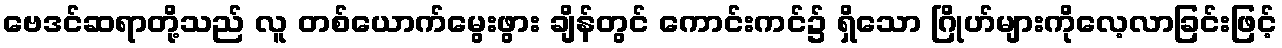
ဗေဒင်ဆရာတို့သည် လူ တစ်ယောက်မွေးဖွား ချိန်တွင် ကောင်းကင်၌ ရှိသော ဂြိုဟ်များကိုလေ့လာခြင်းဖြင့်